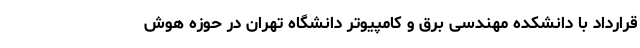
قرارداد با دانشکده مهندسی برق و کامپیوتر دانشگاه تهران در حوزه هوش